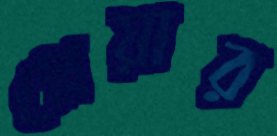
স্লেয়ার